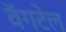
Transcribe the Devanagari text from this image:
वॅगटेल